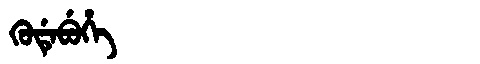
Manchu: ᡴᡠᡩᡝᠪᡠᡥᡝ
Romanization: KUDEBUHE